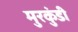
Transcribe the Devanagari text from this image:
मुरकुंडी